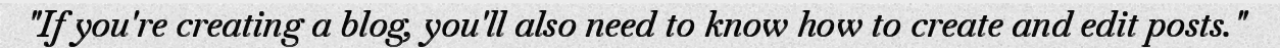
"If you're creating a blog, you'll also need to know how to create and edit posts."